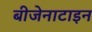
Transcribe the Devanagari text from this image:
बीजेनाटाइन